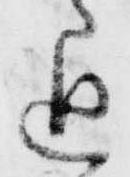
通